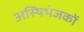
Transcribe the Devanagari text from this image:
अस्थिभंजकों